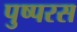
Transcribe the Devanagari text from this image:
पुष्परस